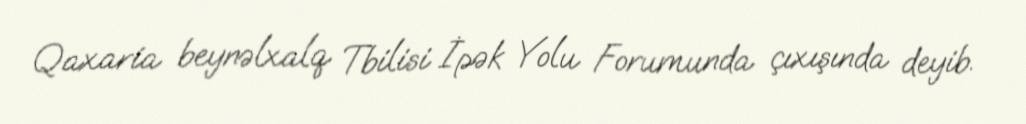
Qaxaria beynəlxalq Tbilisi İpək Yolu Forumunda çıxışında deyib.